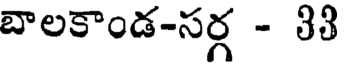
బాలకాండ-సర్గ - 33